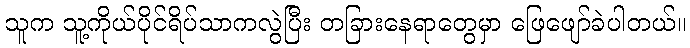
သူက သူ့ကိုယ်ပိုင်ရိပ်သာကလွဲပြီး တခြားနေရာတွေမှာ ဖြေဖျော်ခဲပါတယ်။